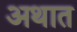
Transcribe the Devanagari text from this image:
अथात